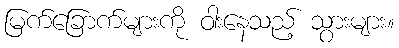
မြက်ခြောက်များကို ဝါးနေသည့် သွားများ။